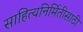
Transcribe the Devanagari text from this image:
साहित्यनिर्मितीसाठी